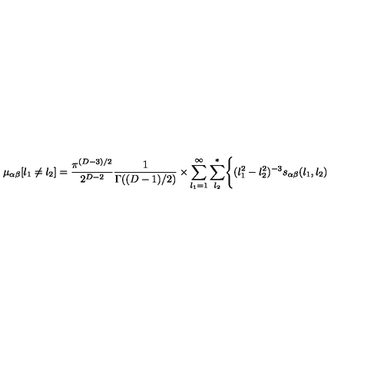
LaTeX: \mu _ { \alpha \beta } [ l _ { 1 } \neq l _ { 2 } ] = { \frac { \pi ^ { ( D - 3 ) / 2 } } { 2 ^ { D - 2 } } } { \frac { 1 } { \Gamma ( ( D - 1 ) / 2 ) } } \times \sum _ { l _ { 1 } = 1 } ^ { \infty } \sum _ { l _ { 2 } } ^ { * } \Biggl \{ ( l _ { 1 } ^ { 2 } - l _ { 2 } ^ { 2 } ) ^ { - 3 } s _ { \alpha \beta } ( l _ { 1 } , l _ { 2 } )